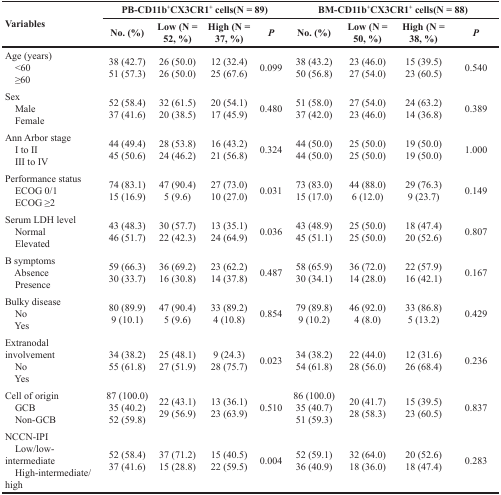
<table><thead><tr><td rowspan="2"><b>Variables</b></td><td colspan="4"><b>PB-CD11b<sup>+</sup>CX3CR1<sup>+</sup> cells(N = 89)</b></td><td colspan="4"><b>BM-CD11b<sup>+</sup>CX3CR1<sup>+</sup> cells(N = 88)</b></td></tr><tr><td><b>No. (%)</b></td><td><b>Low (N = 52, %)</b></td><td><b>High (N = 37, %)</b></td><td><b><i>P</i></b></td><td><b>No. (%)</b></td><td><b>Low (N = 50, %)</b></td><td><b>High (N = 38, %)</b></td><td><b><i>P</i></b></td></tr></thead><tbody><tr><td>Age (years) &lt;60 ≥60</td><td>38 (42.7)51 (57.3)</td><td>26 (50.0)26 (50.0)</td><td>12 (32.4)25 (67.6)</td><td>0.099</td><td>38 (43.2)50 (56.8)</td><td>23 (46.0)27 (54.0)</td><td>15 (39.5)23 (60.5)</td><td>0.540</td></tr><tr><td>Sex Male Female</td><td>52 (58.4)37 (41.6)</td><td>32 (61.5)20 (38.5)</td><td>20 (54.1)17 (45.9)</td><td>0.480</td><td>51 (58.0)37 (42.0)</td><td>27 (54.0)23 (46.0)</td><td>24 (63.2)14 (36.8)</td><td>0.389</td></tr><tr><td>Ann Arbor stage I to II III to IV</td><td>44 (49.4)45 (50.6)</td><td>28 (53.8)24 (46.2)</td><td>16 (43.2)21 (56.8)</td><td>0.324</td><td>44 (50.0)44 (50.0)</td><td>25 (50.0)25 (50.0)</td><td>19 (50.0)19 (50.0)</td><td>1.000</td></tr><tr><td>Performance status ECOG 0/1 ECOG ≥2</td><td>74 (83.1)15 (16.9)</td><td>47 (90.4)5 (9.6)</td><td>27 (73.0)10 (27.0)</td><td>0.031</td><td>73 (83.0)15 (17.0)</td><td>44 (88.0)6 (12.0)</td><td>29 (76.3)9 (23.7)</td><td>0.149</td></tr><tr><td>Serum LDH level Normal Elevated</td><td>43 (48.3)46 (51.7)</td><td>30 (57.7)22 (42.3)</td><td>13 (35.1)24 (64.9)</td><td>0.036</td><td>43 (48.9)45 (51.1)</td><td>25 (50.0)25 (50.0)</td><td>18 (47.4)20 (52.6)</td><td>0.807</td></tr><tr><td>B symptoms Absence Presence</td><td>59 (66.3)30 (33.7)</td><td>36 (69.2)16 (30.8)</td><td>23 (62.2)14 (37.8)</td><td>0.487</td><td>58 (65.9)30 (34.1)</td><td>36 (72.0)14 (28.0)</td><td>22 (57.9)16 (42.1)</td><td>0.167</td></tr><tr><td>Bulky disease No Yes</td><td>80 (89.9)9 (10.1)</td><td>47 (90.4)5 (9.6)</td><td>33 (89.2)4 (10.8)</td><td>0.854</td><td>79 (89.8)9 (10.2)</td><td>46 (92.0)4 (8.0)</td><td>33 (86.8)5 (13.2)</td><td>0.429</td></tr><tr><td>Extranodal involvement No Yes</td><td>34 (38.2)55 (61.8)</td><td>25 (48.1)27 (51.9)</td><td>9 (24.3)28 (75.7)</td><td>0.023</td><td>34 (38.2)54 (61.8)</td><td>22 (44.0)28 (56.0)</td><td>12 (31.6)26 (68.4)</td><td>0.236</td></tr><tr><td>Cell of origin GCB Non-GCB</td><td>87 (100.0)35 (40.2)52 (59.8)</td><td>22 (43.1)29 (56.9)</td><td>13 (36.1)23 (63.9)</td><td>0.510</td><td>86 (100.0)35 (40.7)51 (59.3)</td><td>20 (41.7)28 (58.3)</td><td>15 (39.5)23 (60.5)</td><td>0.837</td></tr><tr><td>NCCN-IPI Low/low-intermediate High-intermediate/high</td><td>52 (58.4)37 (41.6)</td><td>37 (71.2)15 (28.8)</td><td>15 (40.5)22 (59.5)</td><td>0.004</td><td>52 (59.1)36 (40.9)</td><td>32 (64.0)18 (36.0)</td><td>20 (52.6)18 (47.4)</td><td>0.283</td></tr></tbody></table>